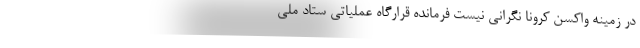
در زمینه واکسن کرونا نگرانی نیست فرمانده قرارگاه عملیاتی ستاد ملی